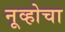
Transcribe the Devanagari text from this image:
नूव्होचा